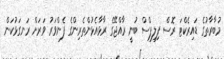
މުބާރާތުގެ ޑައިރެކްޓަ ރޮސް ފިލިޕްސް ބުނީ ރާއްޖޭގެ ރާޅާއެޅުންތެރިންގެ ފެންވަރު ވަރަށް ރަނގަޅުކަން